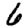
Digit: 6